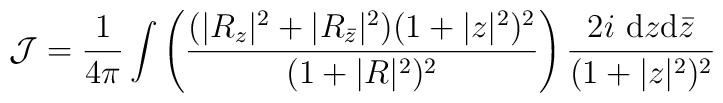
{\cal J} =\frac{1}{4 \pi} \int \left(       \frac{(|R_z|^2 + |R_{{\bar z}}|^2)(1 + |z|^2)^2}{(1+|R|^2)^2} \right) \frac{2i~{\rm d}z {\rm d}{\bar z}}{(1 + |z|^2)^2}